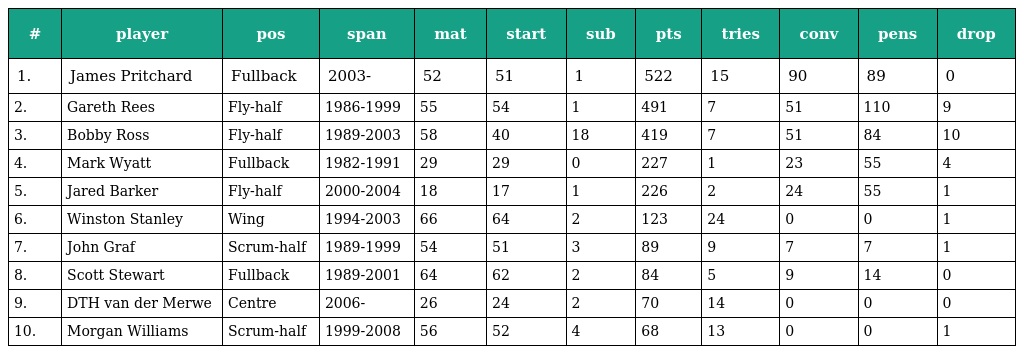
| # | player | pos | span | mat | start | sub | pts | tries | conv | pens | drop |
 | --- | --- | --- | --- | --- | --- | --- | --- | --- | --- | --- | --- |
 | 1. | James Pritchard | Fullback | 2003- | 52 | 51 | 1 | 522 | 15 | 90 | 89 | 0 |
 | 2. | Gareth Rees | Fly-half | 1986-1999 | 55 | 54 | 1 | 491 | 7 | 51 | 110 | 9 |
 | 3. | Bobby Ross | Fly-half | 1989-2003 | 58 | 40 | 18 | 419 | 7 | 51 | 84 | 10 |
 | 4. | Mark Wyatt | Fullback | 1982-1991 | 29 | 29 | 0 | 227 | 1 | 23 | 55 | 4 |
 | 5. | Jared Barker | Fly-half | 2000-2004 | 18 | 17 | 1 | 226 | 2 | 24 | 55 | 1 |
 | 6. | Winston Stanley | Wing | 1994-2003 | 66 | 64 | 2 | 123 | 24 | 0 | 0 | 1 |
 | 7. | John Graf | Scrum-half | 1989-1999 | 54 | 51 | 3 | 89 | 9 | 7 | 7 | 1 |
 | 8. | Scott Stewart | Fullback | 1989-2001 | 64 | 62 | 2 | 84 | 5 | 9 | 14 | 0 |
 | 9. | DTH van der Merwe | Centre | 2006- | 26 | 24 | 2 | 70 | 14 | 0 | 0 | 0 |
 | 10. | Morgan Williams | Scrum-half | 1999-2008 | 56 | 52 | 4 | 68 | 13 | 0 | 0 | 1 |